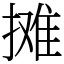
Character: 摊